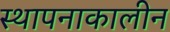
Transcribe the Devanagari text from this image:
स्थापनाकालीन